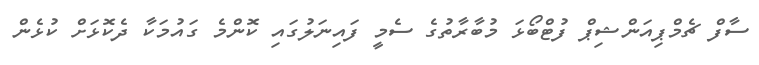
ސާފް ޗެމްޕިއަންޝިޕް ފުޓްބޯޅަ މުބާރާތުގެ ސެމީ ފައިނަލުގައި ކޮންމެ ގައުމަކާ ދެކޮޅަށް ކުޅެން